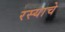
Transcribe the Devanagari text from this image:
रस्याचे